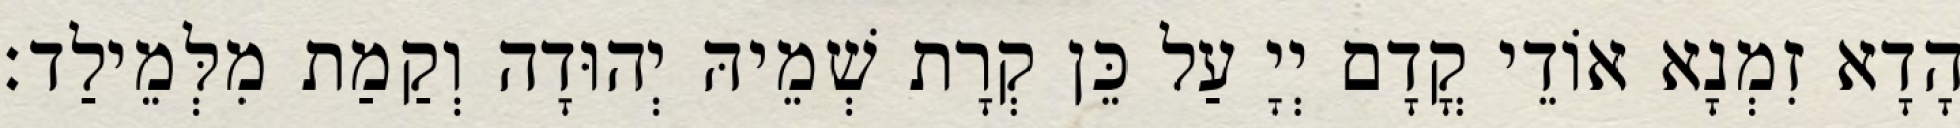
הָדָא זִמְנָא אוֹדֵי קֳדָם יְיָ עַל כֵּן קְרָת שְׁמֵיהּ יְהוּדָה וְקַמַת מִלְּמֵילַד׃